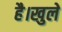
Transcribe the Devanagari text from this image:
है।खुले